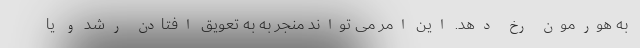
به هورمون رخ دهد. این امر می تواند منجر به به تعویق افتادن رشد و یا